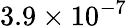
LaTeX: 3.9\times 10^{-7}